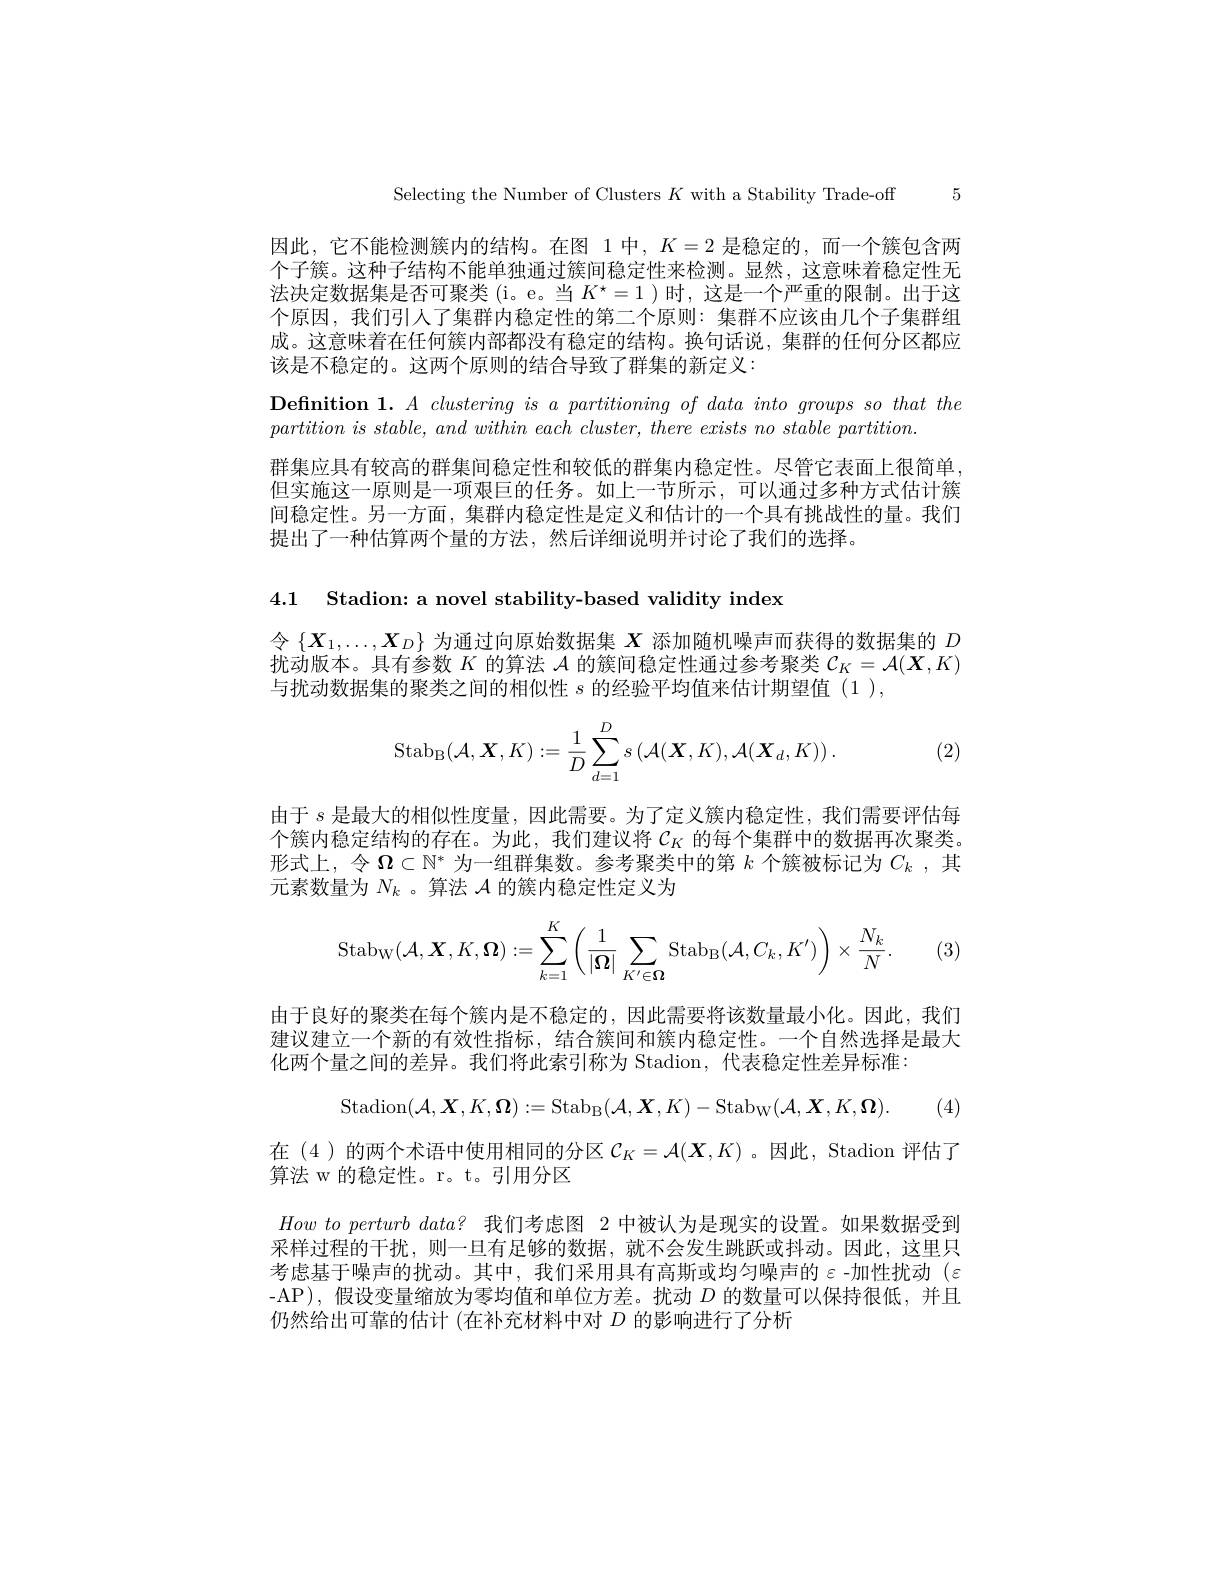
Selecting the Number of Clusters $K$ with a Stability Trade-off 5

因此，它不能检测簇内的结构。在图 1 中，$K=2$是稳定的，而一个簇包含两个子簇。这种子结构不能单独通过簇间稳定性来检测。显然，这意味着稳定性无法决定数据集是否可聚类(i。e。当$K^\star=1$ )时，这是一个严重的限制。出于这个原因，我们引人了集群内稳定性的第二个原则：集群不应该由几个子集群组成。这意味着在任何簇内部都没有稳定的结构。换句话说，集群的任何分区都应该是不稳定的。这两个原则的结合导致了群集的新定义：

Definition 1. $A\textit{ clustering is a partitioning of data into groups so that the}$
$partition~is~stable,~and~within~each~cluster,~there~exists~no~stable~partition.$
群集应具有较高的群集间稳定性和较低的群集内稳定性。尽管它表面上很简单但实施这一原则是一项艰巨的任务。如上一节所示，可以通过多种方式估计簇间稳定性。另一方面，集群内稳定性是定义和估计的一个具有挑战性的量。我们提出了一种估算两个量的方法，然后详细说明并讨论了我们的选择。

4.1 Stadion: a novel stability-based validity index

令$\{X_1,\ldots,X_D\}$为通过向原始数据集$X$添加随机噪声而获得的数据集的$D$ 扰动版本。具有参数$K$的算法$\mathcal{A}$的簇间稳定性通过参考聚类$\mathcal{C}_K=\mathcal{A}(\boldsymbol{X},K)$ 与扰动数据集的聚类之间的相似性$s$的经验平均值来估计期望值(1),

(2)
$$\mathrm{Stab}_{\mathrm{B}}(\mathcal{A},\boldsymbol{X},K):=\frac{1}{D}\sum_{d=1}^{D}s\left(\mathcal{A}(\boldsymbol{X},K),\mathcal{A}(\boldsymbol{X}_{d},K)\right).$$
由于$s$是最大的相似性度量，因此需要。为了定义簇内稳定性，我们需要评估每个簇内稳定结构的存在。为此，我们建议将$\mathcal{C}_K$ 的每个集群中的数据再次聚类。形式上，令$\Omega\subset\mathbb{N}^*$为一组群集数。参考聚类中的第$k$个簇被标记为$C_k$ ,其元素数量为$N_k$ 。算法$\mathcal{A}$的簇内稳定性定义为

(3.
$$\mathrm{Stab}_{\mathrm{W}}(\mathcal{A},\boldsymbol{X},K,\boldsymbol{\Omega}):=\sum\limits_{k=1}^{K}\left(\frac{1}{|\boldsymbol{\Omega}|}\sum\limits_{K'\in\boldsymbol{\Omega}}\mathrm{Stab}_{\mathrm{B}}(\mathcal{A},C_{k},K')\right)\times\frac{N_{k}}{N}.$$
由于良好的聚类在每个簇内是不稳定的，因此需要将该数量最小化。因此，我们建议建立一个新的有效性指标，结合簇间和簇内稳定性。一个自然选择是最大化两个量之间的差异。我们将此索引称为 Stadion, 代表稳定性差异标准：
$$\mathrm{Stadion}(\mathcal{A},\boldsymbol{X},K,\boldsymbol{\Omega}):=\mathrm{Stab}_{\mathrm{B}}(\mathcal{A},\boldsymbol{X},K)-\mathrm{Stab}_{\mathrm{W}}(\mathcal{A},\boldsymbol{X},K,\boldsymbol{\Omega}).$$
在(4)的两个术语中使用相同的分区$\mathcal{C}_K=\mathcal{A}(\boldsymbol{X},K)$ 。因此，Stadion 评估了
算法 w 的稳定性。r。t。引用分区
$How\textit{ to perturb data? 我 们 考 虑 图 2 中 被 认 为 是 现 实 的 设 置 。如 果 数 据 受 到 }$ 采样过程的干扰，则一旦有足够的数据，就不会发生跳跃或抖动。因此，这里只考虑基于噪声的扰动。其中，我们采用具有高斯或均匀噪声的$\varepsilon$-加性扰动($\varepsilon$ -AP),假设变量缩放为零均值和单位方差。扰动$D$的数量可以保持很低，并且仍然给出可靠的估计(在补充材料中对$D$的影响进行了分析